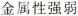
金属性强弱